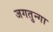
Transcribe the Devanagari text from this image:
जगतुन्गा